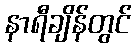
နာရီချိန်တွင်